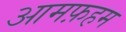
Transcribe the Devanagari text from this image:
आमफ़हम